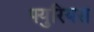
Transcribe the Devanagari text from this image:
फ्युरियस